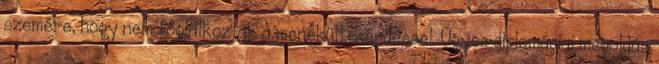
szemére, hogy nem foglalkoztak a menekült-kérdéssel. Ügyes diplomáciai megoldás